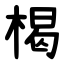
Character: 楬